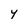
Character: Y